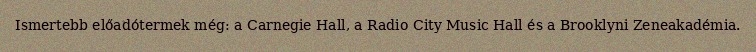
Ismertebb előadótermek még: a Carnegie Hall, a Radio City Music Hall és a Brooklyni Zeneakadémia.